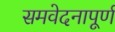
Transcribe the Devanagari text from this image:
समवेदनापूर्ण